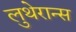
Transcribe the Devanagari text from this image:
लुथेरान्स